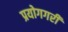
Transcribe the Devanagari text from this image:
प्रयोगगरी